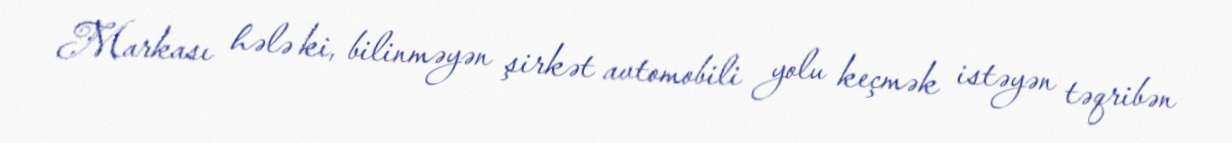
Markası hələ ki, bilinməyən şirkət avtomobili yolu keçmək istəyən təqribən